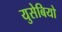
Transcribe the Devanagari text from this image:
युसेबियो